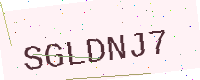
Text: SGLDNJ7